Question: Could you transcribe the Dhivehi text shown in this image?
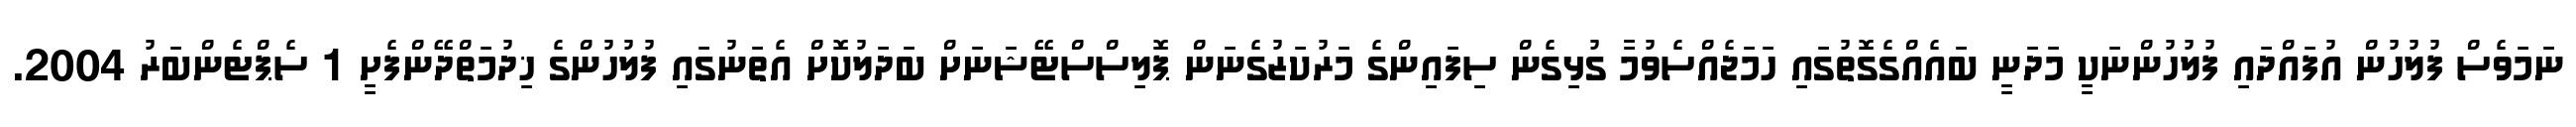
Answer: ނަމަވެސް ފުލުހުން އުފައްދައި ފުލުހުންނަކީ މަދަނީ ބައެއްގެގޮތުގައި ހަމަޖެއްސެވުމާ ގުޅިގެން ސިފައިންގެ މަރުކަޒުގެނަން ޕޮލިސްސްޓޭޝަނަށް ބަދަލުކޮށް އެތަނުގައި ފުލުހުންގެ ޚިދުމަތްދޭންފެށީ 1 ސެޕްޓެންބަރު 2004.